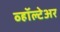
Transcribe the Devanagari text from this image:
व्हॉल्टेअर